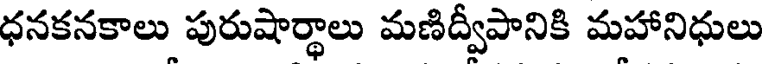
ధనకనకాలు పురుషార్థాలు మణిద్వీపానికి మహానిధులు